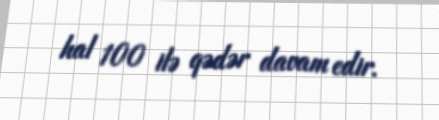
hal 100 ilə qədər davam edir.